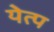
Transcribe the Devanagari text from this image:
येत्प